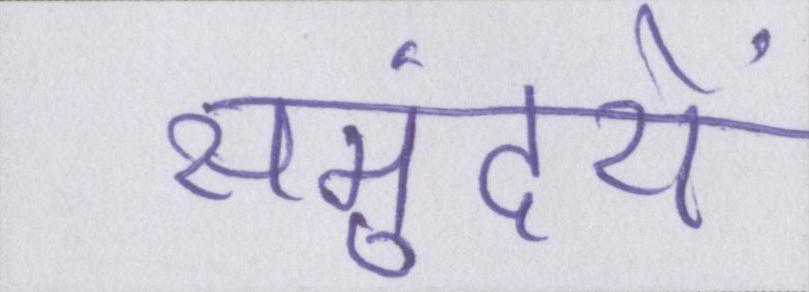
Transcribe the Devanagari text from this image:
समुंदरों